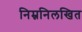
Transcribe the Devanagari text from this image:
निम्ननिलखित